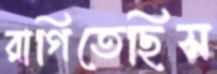
রাগিতেছিস